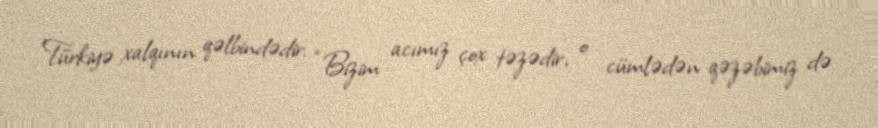
Türkiyə xalqının qəlbindədir: “Bizim acımız çox təzədir, o cümlədən qəzəbimiz də